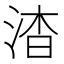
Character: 𬇷